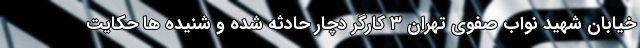
خیابان شهید نواب صفوی تهران ۳ کارگر دچار حادثه شده و شنیده ها حکایت